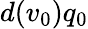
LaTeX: d(v_{0})q_{0}